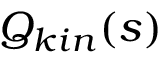
Q _ { k i n } ( s )